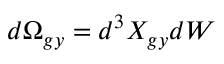
d \Omega _ { g y } = d ^ { 3 } X _ { g y } d W